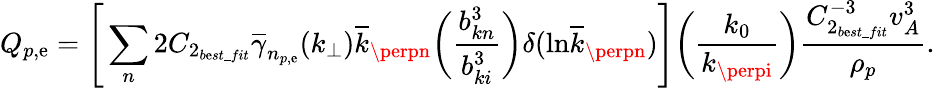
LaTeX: Q_{p,\mathrm{e}}=\Bigg[\sum_{n}2C_{2_{b\mathrm{e}st\_ fit}}\overline{{{\gamma}}}_{n_{p,\mathrm{e}}}(k_{\perp})\overline{{{k}}}_{\perpn}\bigg(\frac{{b_{kn}^{3}}}{{b_{ki}^{3}}}\bigg)\delta(\mathrm{{ln}}\overline{{{k}}}_{\perpn})\Bigg]\bigg(\frac{{k_{0}}}{{k_{\perpi}}}\bigg)\frac{{C_{2_{b\mathrm{e}st\_ fit}}^{-3}v_{A}^{3}}}{{\rho_{p}}}.